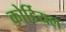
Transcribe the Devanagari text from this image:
कोर्डियल